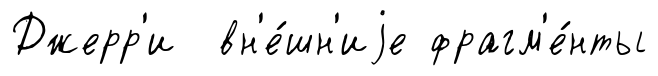
Джерр'и вн'е́шн'иjе фрагм'е́нты